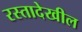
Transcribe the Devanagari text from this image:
रस्तादेखील